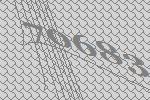
70683